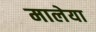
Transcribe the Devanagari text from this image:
मालेया